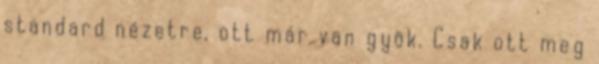
standard nézetre, ott már van gyök. Csak ott meg